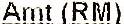
AMT (RM)